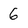
Character: 6